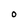
Character: 0